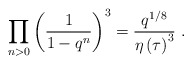
\begin{align*}\prod_{n>0}\left( \frac{1}{1-q^{n}}\right) ^{3}=\frac{q^{1/8}}{\eta \left(\tau \right) ^{3}}\ .\end{align*}